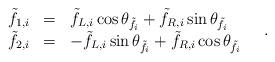
LaTeX: \begin{align*} \begin{array}{rcl} \tilde{f}_{1,i} & = & \tilde{f}_{L,i} \cos\theta_{\tilde{f}_i} + \tilde{f}_{R,i} \sin\theta_{\tilde{f}_i} \\ \tilde{f}_{2,i} & = & - \tilde{f}_{L,i} \sin\theta_{\tilde{f}_i} + \tilde{f}_{R,i} \cos\theta_{\tilde{f}_i} \end{array} \quad .\end{align*}